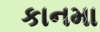
કાનમા